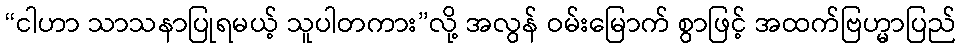
“ငါဟာ သာသနာပြုရမယ့် သူပါတကား”လို့ အလွန် ဝမ်းမြောက် စွာဖြင့် အထက်ဗြဟ္မာပြည်